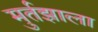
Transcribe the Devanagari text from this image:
मुर्तझाला